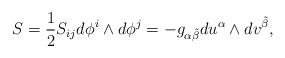
\begin{align*}S = \frac{1}{2} S_{ij}d\phi^i \wedge d\phi^j = -g_{\alpha \tilde{\beta}}du^\alpha \wedge dv^{\tilde{\beta}} ,\end{align*}